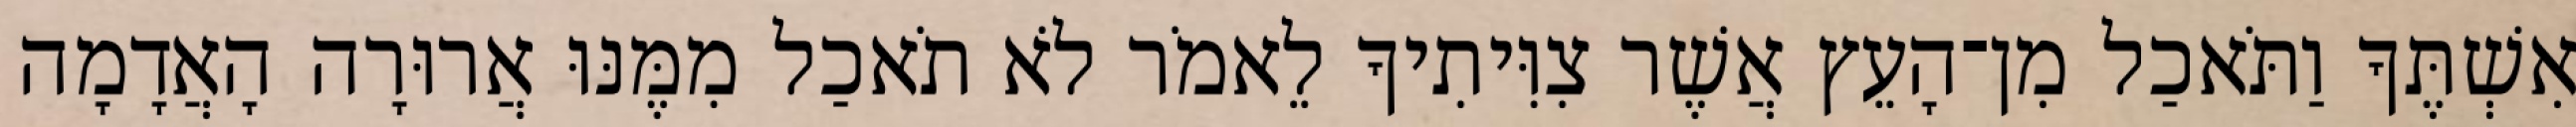
אִשְׁתֶּךָ וַתֹּאכַל מִן־הָעֵץ אֲשֶׁר צִוִּיתִיךָ לֵאמֹר לֹא תֹאכַל מִמֶּנּוּ אֲרוּרָה הָאֲדָמָה